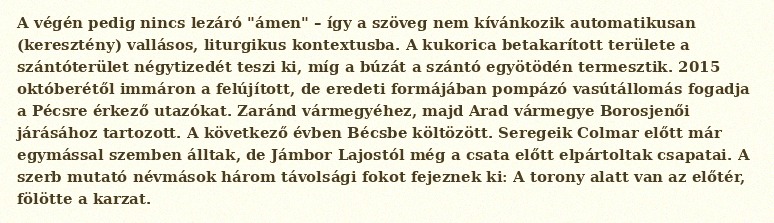
A végén pedig nincs lezáró "ámen" – így a szöveg nem kívánkozik automatikusan (keresztény) vallásos, liturgikus kontextusba. A kukorica betakarított területe a szántóterület négytizedét teszi ki, míg a búzát a szántó egyötödén termesztik. 2015 októberétől immáron a felújított, de eredeti formájában pompázó vasútállomás fogadja a Pécsre érkező utazókat. Zaránd vármegyéhez, majd Arad vármegye Borosjenői járásához tartozott. A következő évben Bécsbe költözött. Seregeik Colmar előtt már egymással szemben álltak, de Jámbor Lajostól még a csata előtt elpártoltak csapatai. A szerb mutató névmások három távolsági fokot fejeznek ki: A torony alatt van az előtér, fölötte a karzat.